Vaccination in Burma 1920-1933 - 1920-1933
Year: 1920
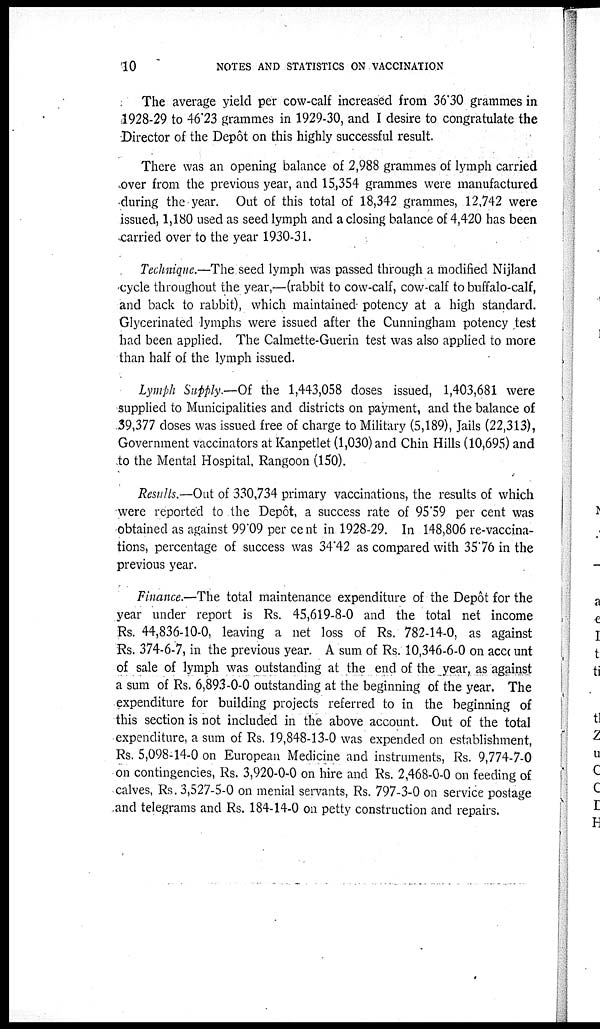
10
NOTES AND STATISTICS ON VACCINATION
The average yield per cow-calf increased from 36.30 grammes in
1928-29 to 46.23 grammes in 1929-30, and I desire to congratulate the
Director of the Depôt on this highly successful result.
There was an opening balance of 2,988 grammes of lymph carried
over from the previous year, and 15,354 grammes were manufactured
during the year. Out of this total of 18,342 grammes, 12,742 were
issued, 1,180 used as seed lymph and a closing balance of 4,420 has been
carried over to the year 1930-31.
Technique.—The seed lymph was passed through a modified Nijland
cycle throughout the year,—(rabbit to cow-calf, cow-calf to buffalo-calf,
and back to rabbit), which maintained potency at a high standard.
Glycerinated lymphs were issued after the Cunningham potency test
had been applied. The Calmette-Guerin test was also applied to more
than half of the lymph issued.
Lymph Supply.—Of the 1,443,058 doses issued, 1,403,681 were
supplied to Municipalities and districts on payment, and the balance of
39,377 doses was issued free of charge to Military (5,189), Jails (22,313),
Government vaccinators at Kanpetlet (1,030) and Chin Hills (10,695) and
to the Mental Hospital, Rangoon (150).
Results.—Out of 330,734 primary vaccinations, the results of which
were reported to the Depôt, a success rate of 95.59 per cent was
obtained as against 99.09 per cent in 1928-29. In 148,806 re-vaccina-
tions, percentage of success was 34.42 as compared with 35.76 in the
previous year.
Finance.—The total maintenance expenditure of the Depôt for the
year under report is Rs. 45,619-8-0 and the total net income
Rs. 44,836-10-0, leaving a net loss of Rs. 782-14-0, as against
Rs. 374-6-7, in the previous year. A sum of Rs. 10,346-6-0 on account
of sale of lymph was outstanding at the end of the year, as against
a sum of Rs. 6,893-0-0 outstanding at the beginning of the year. The
expenditure for building projects referred to in the beginning of
this section is not included in the above account. Out of the total
expenditure, a sum of Rs. 19,848-13-0 was expended on establishment,
Rs. 5,098-14-0 on European Medicine and instruments, Rs. 9,774-7-0
on contingencies, Rs. 3,920-0-0 on hire and Rs. 2,468-0-0 on feeding of
calves, Rs. 3,527-5-0 on menial servants, Rs. 797-3-0 on service postage
and telegrams and Rs. 184-14-0 on petty construction and repairs.